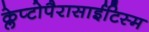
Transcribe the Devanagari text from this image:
क्लेप्टोपैरासाईटिस्म